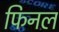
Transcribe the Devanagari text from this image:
फिनल